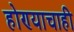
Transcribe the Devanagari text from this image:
होण्याचाही